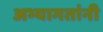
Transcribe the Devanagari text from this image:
अभ्यागतांनी